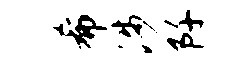
希涉阡